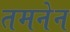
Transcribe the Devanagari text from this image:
तमनेन